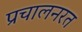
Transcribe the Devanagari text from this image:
प्रचालनरत